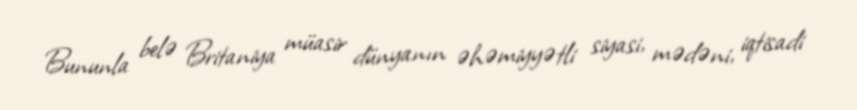
Bununla belə Britaniya müasir dünyanın əhəmiyyətli siyasi, mədəni, iqtisadi